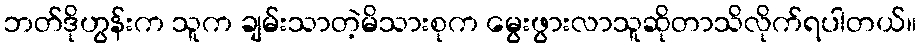
ဘတ်ဒိုဟွန်းက သူက ချမ်းသာတဲ့မိသားစုက မွေးဖွားလာသူဆိုတာသိလိုက်ရပါတယ်။